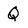
Character: Q